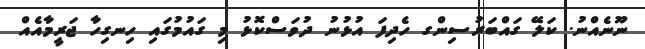
ނޫނެއްނު. ކަލޭ ގައްބަރުސިންގ ހެދިފަ އުޅުނު ދުވަސްކޮޅު މި ގައުމުގައި ހިނގިހާ ޖަރީމާއެއް